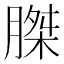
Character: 𮌪